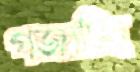
গজাচ্ছি